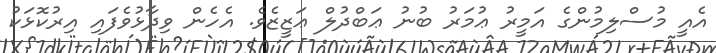
އެއީ މުސްލިމުންގެ އަމީރު ޢުމަރު ބުނު ޢަބްދުލް ޢަޒީޒެވެ. އެހެން ވިދާޅުވެފައި އިރުކޮޅަކު